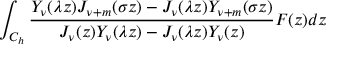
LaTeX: \int _ { C _ { h } } { \frac { Y _ { \nu } ( \lambda z ) J _ { \nu + m } ( \sigma z ) - J _ { \nu } ( \lambda z ) Y _ { \nu + m } ( \sigma z ) } { J _ { \nu } ( z ) Y _ { \nu } ( \lambda z ) - J _ { \nu } ( \lambda z ) Y _ { \nu } ( z ) } F ( z ) d z }